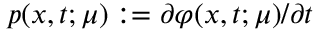
p ( x , t ; \mu ) : = \partial \varphi ( x , t ; \mu ) / \partial t